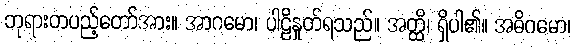
ဘုရားတပည့်တော်အား။ အာဂမော၊ ပါဠိနှုတ်ရသည်။ အတ္ထိ၊ ရှိပါ၏။ အဓိဂမော၊